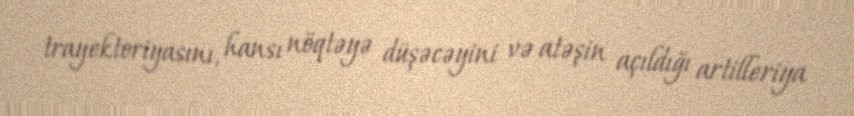
trayektoriyasını, hansı nöqtəyə düşəcəyini və atəşin açıldığı artilleriya